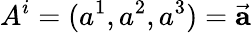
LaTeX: A^{i}=(a^{1},a^{2},a^{3})={\vec{\mathbf{a}}}